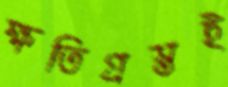
ক্ষতিগ্রস্তই